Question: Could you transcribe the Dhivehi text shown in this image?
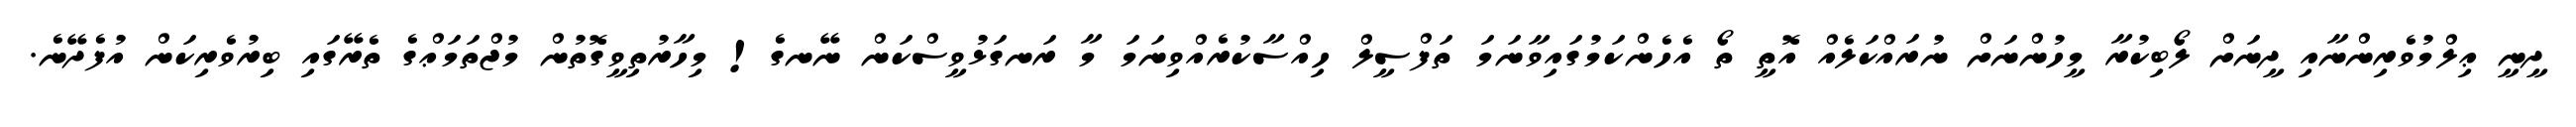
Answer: ދީނީ ޢިލްމުވެރިންނާއި ދީނަށް ލޯބިކުރާ މީހުންނަށް ނުރައްކަލެއް އޮތީ ތޯ އެހެންކަމުގައިވާނަމަ ތަފްސީލް ހިއްސާކުރެއްވިނަމަ މާ ރަނގަޅުވީސްކަން ނޭނގެ! މިހާރުތިވީގޮތުން މުޖްތަމަޢްގެ ތެރޭގައި ބިރުވެރިކަން އުފެދޭނެ.